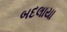
બદલાયા